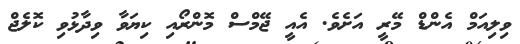
ވިލިއަމް އެންޑް މޭރީ އަށެވެ. އެއީ ޖޭމްސް މޮންރޯއި ކިޔަވާ ވިދާޅުވި ކޮލެޖް